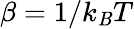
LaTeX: \beta=1/k_{\mathit{B}}T